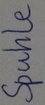
Text: Spule